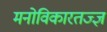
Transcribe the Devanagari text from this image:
मनोविकारतज्‍ज्ञ